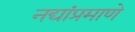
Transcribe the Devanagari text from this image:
नद्यांप्रमाणे